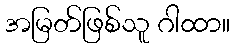
အမြတ်ဖြစ်သူ ဂါထာ။